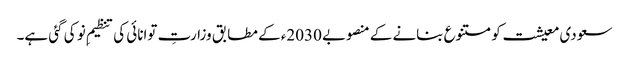
سعودی معیشت کو متنوع بنانے کے منصوبے 2030ء کے مطابق وزارتِ توانائی کی تنظیمِ نو کی گئی ہے۔